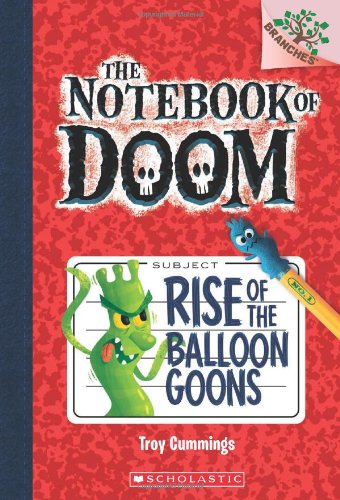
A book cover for The Notebook of Doom #1: Rise of the Balloon Goons (A Branches Book); Troy Cummings; Children's Books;